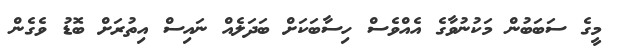
މީގެ ސަބަބުން މަކުނުވާގެ އެއްވެސް ހިސާބަކަށް ބަދަލެއް ނައިސް އިތުރަށް ބޮޑު ވެގެން